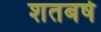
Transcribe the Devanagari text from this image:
शतबर्ष